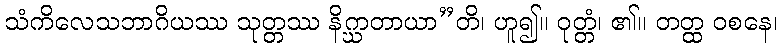
သံကိလေသဘာဂိယဿ သုတ္တဿ နိဂ္ဃာတာယာ”တိ၊ ဟူ၍။ ဝုတ္တံ၊ ၏။ တတ္ထ ဝစနေ၊